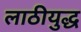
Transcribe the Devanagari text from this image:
लाठीयुद्ध